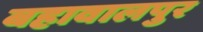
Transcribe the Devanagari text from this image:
बहावालपुर